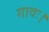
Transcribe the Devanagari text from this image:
गावः।